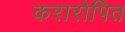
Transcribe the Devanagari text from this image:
करारोपित